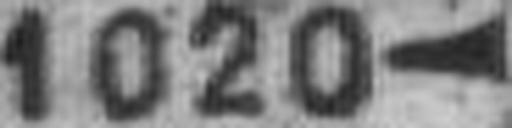
1020—